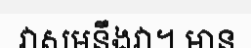
វាសមនឹងវា។ មាន